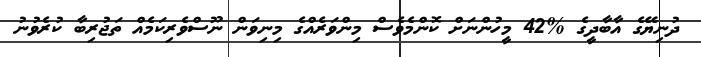
ދުނިޔޭގެ އާބާދީގެ %42 މީހުންނަށް ކޮންމެވެސް މިންވަރެއްގެ މިނިވަން ނޫސްވެރިކަމެއް ތަޖުރިބާ ކުރެވުނު